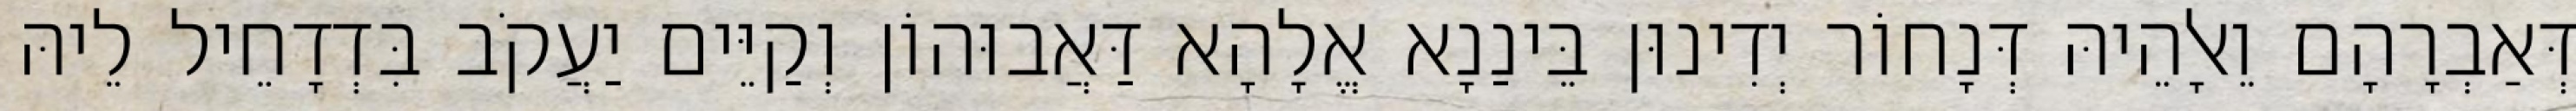
דְּאַבְרָהָם וֵאלָהֵיהּ דְּנָחוֹר יְדִינוּן בֵּינַנָא אֱלָהָא דַּאֲבוּהוֹן וְקַיֵּים יַעֲקֹב בִּדְדָחֵיל לֵיהּ